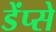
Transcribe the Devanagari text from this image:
डेंप्से